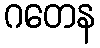
ဂတေန